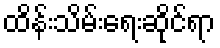
ထိန်းသိမ်းရေးဆိုင်ရာ